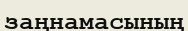
заңнамасының